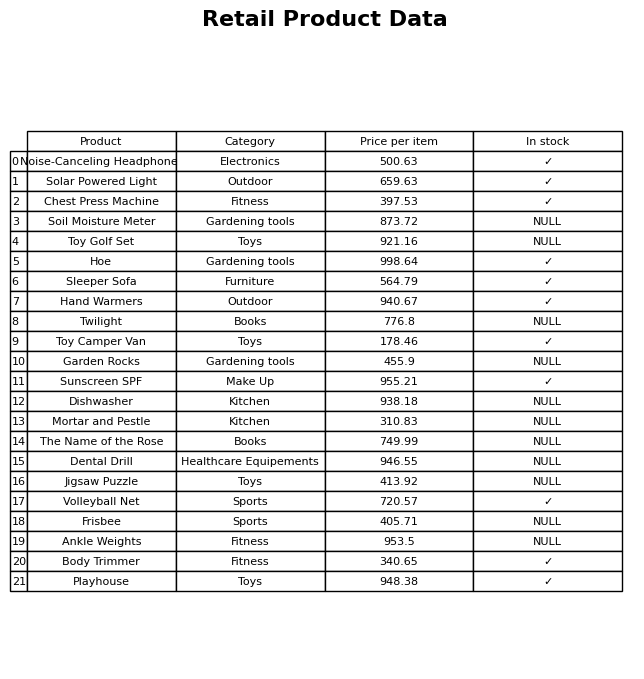
question: What is the stock status of the Playhouse?
answer: ✓